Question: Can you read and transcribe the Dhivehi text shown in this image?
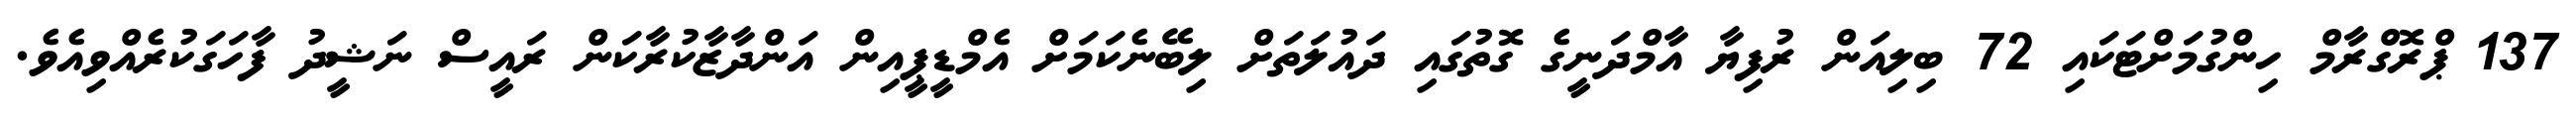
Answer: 137 ޕްރޮގްރާމް ހިންގުމަށްޓަކައި 72 ބިލިއަން ރުފިޔާ އާމްދަނީގެ ގޮތުގައި ދައުލަތަށް ލިބޭނެކަމަށް އެމްޑީޕީއިން އަންދާޒާކުރާކަން ރައީސް ނަޝީދު ފާހަގަކުރެއްވިއެވެ.